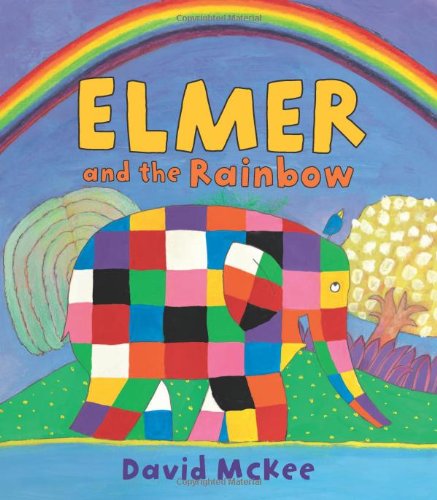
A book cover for Elmer and the Rainbow (Elmer Books); David McKee; Children's Books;